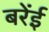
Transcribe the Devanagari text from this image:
बरेंई